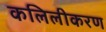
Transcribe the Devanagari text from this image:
कलिलीकरण